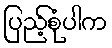
ပြည့်စုံပါက